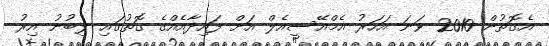
އެގޮތުން 2010 ވަނަ އަހަރު އެމްއޭސީއެލް އަށް ފައިދާއެއްގެ ގޮތުގައި ލިބުނު އިރު